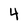
Character: 4